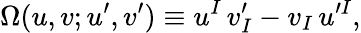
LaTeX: \Omega(u,v;u^{\prime},v^{\prime})\equiv u^{I}\, v_{I}^{\prime}-v_{I}\, u^{\prime I},